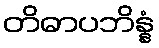
တိဓာပဘိန္နံ